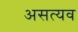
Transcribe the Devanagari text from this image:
असत्यव